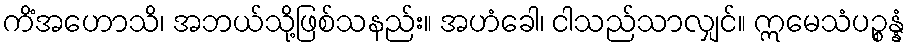
ကိံအဟောသိ၊ အဘယ်သို့ဖြစ်သနည်း။ အဟံခေါ၊ ငါသည်သာလျှင်။ ဣမေသံပဉ္စန္နံ